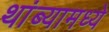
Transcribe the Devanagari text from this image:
थांब्यामध्ये